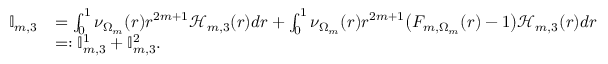
\begin{array} { r l } { \mathbb { I } _ { m , 3 } } & { = \int _ { 0 } ^ { 1 } \nu _ { \Omega _ { m } } ( r ) r ^ { 2 m + 1 } \mathcal { H } _ { m , 3 } ( r ) d r + \int _ { 0 } ^ { 1 } \nu _ { \Omega _ { m } } ( r ) r ^ { 2 m + 1 } \big ( F _ { m , \Omega _ { m } } ( r ) - 1 \big ) \mathcal { H } _ { m , 3 } ( r ) d r } \\ & { = : \mathbb { I } _ { m , 3 } ^ { 1 } + \mathbb { I } _ { m , 3 } ^ { 2 } . } \end{array}